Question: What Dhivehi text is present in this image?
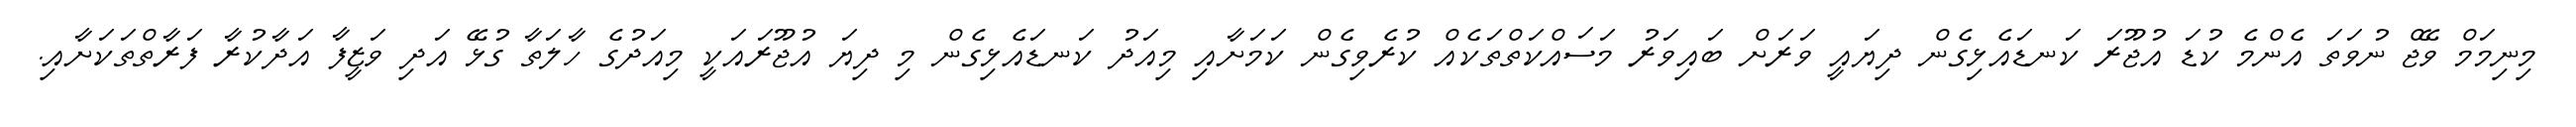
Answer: މިނިމަމް ވޭޖް ނުވަތަ އެންމެ ކުޑަ އުޖޫރަ ކަނޑައެޅިގެން ދިޔައީ ވަރަށް ބައިވަރު މަސައްކަތްތަކެއް ކުރެވިގެން ކަމަށާއި މިއަދު ކަނޑައެޅިގެން މި ދިޔަ އުޖޫރައަކީ މިއަދުގެ ހާލަތާ ގުޅޭ އަދި ވަޒީފާ އަދާކުރާ ފަރާތްތަކަށާއި.